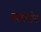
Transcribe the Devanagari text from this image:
पसरलीय